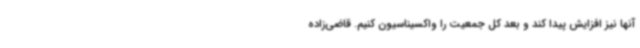
آنها نیز افزایش پیدا کند و بعد کل جمعیت را واکسیناسیون کنیم. قاضی‌زاده